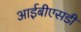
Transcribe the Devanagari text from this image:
आईबीएसडी